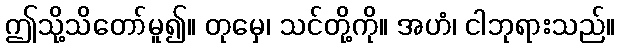
ဤသို့သိတော်မူ၍။ တုမှေ၊ သင်တို့ကို။ အဟံ၊ ငါဘုရားသည်။